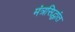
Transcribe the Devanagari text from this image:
मंत्रसिद्धांत